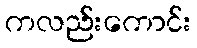
ကလည်းကောင်း